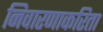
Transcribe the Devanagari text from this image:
निवारणाकरिता